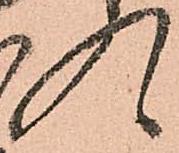
入